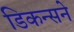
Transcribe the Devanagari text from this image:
डिकन्सने